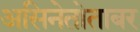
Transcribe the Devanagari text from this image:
असिनेतोताबर